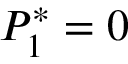
P _ { 1 } ^ { * } = 0